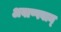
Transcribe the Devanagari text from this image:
अवाष्पवान्‌